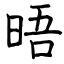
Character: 晤